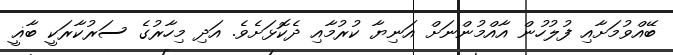
ބޭއްވުމަށާއި ފުލުހުން އާއްމުންނަށް އަނިޔާ ކުރުމާއި ދެކޮޅަށެވެ. އަދި މިހާރުގެ ސަރުކާރަކީ ބާޣީ